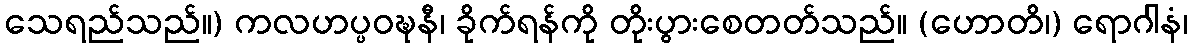
သေရည်သည်။) ကလဟပ္ပဝဍ္ဎနီ၊ ခိုက်ရန်ကို တိုးပွားစေတတ်သည်။ (ဟောတိ၊) ရောဂါနံ၊